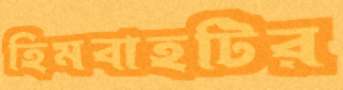
হিমবাহটির